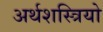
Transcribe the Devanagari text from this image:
अर्थशस्त्रियो